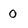
Character: 0